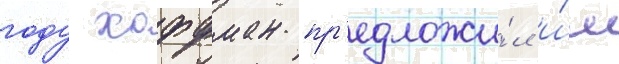
году хоффман пр'едложи́л и́м